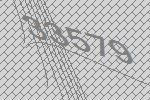
33579